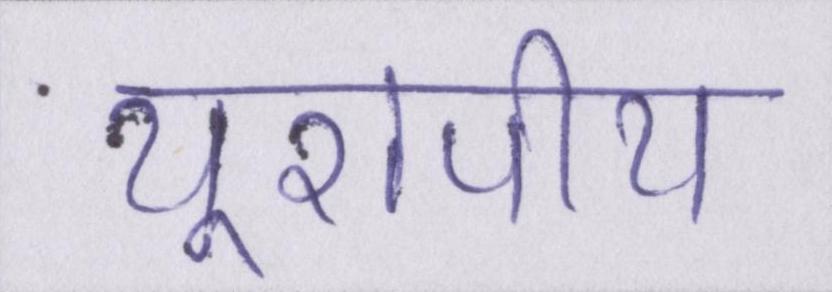
यूरोपीय